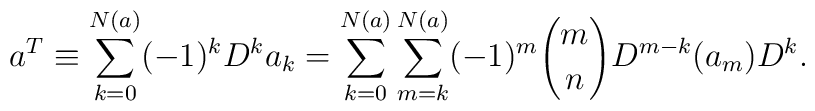
a^T \equiv \sum_{k=0}^{N(a)} (-1)^k D^k a_k = \sum_{k=0}^{N(a)}\sum_{m=k}^{N(a)} (-1)^m {m \choose n} D^{m-k} (a_m) D^k.